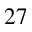
2 7